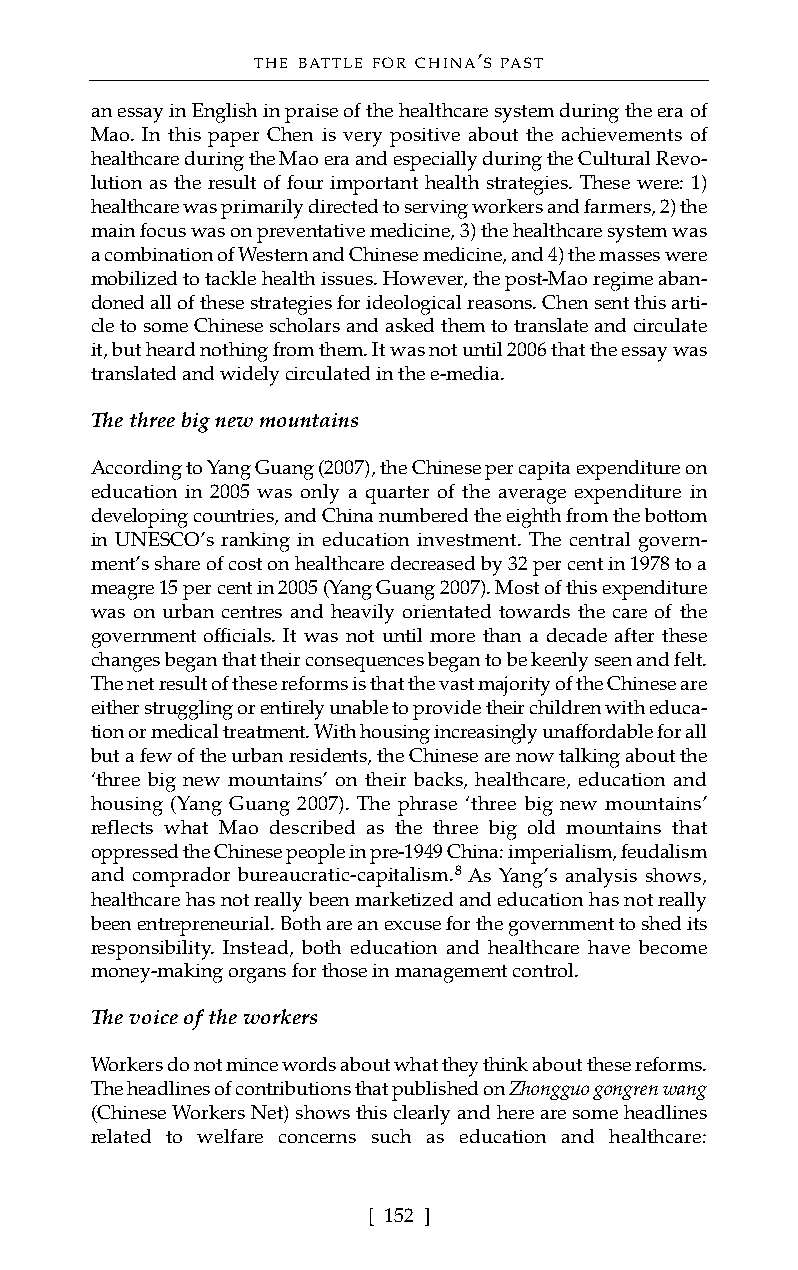
THE BATTLE FOR CHINA’S PAST
 an essay in English in praise of the healthcare system during the era of
 Mao. In this paper Chen is very positive about the achievements of
 healthcare during the Mao era and especially during the Cultural Revo-
 lution as the result of four important health strategies. These were: 1)
 healthcare was primarily directed to serving workers and farmers, 2) the
 main focus was on preventative medicine, 3) the healthcare system was
 a combination of Western and Chinese medicine, and 4) the masses were
 mobilized to tackle health issues. However, the post-Mao regime aban-
 doned all of these strategies for ideological reasons. Chen sent this arti-
 cle to some Chinese scholars and asked them to translate and circulate
 it, but heard nothing from them. It was not until 2006 that the essay was
 translated and widely circulated in the e-media.
 The three big new mountains
 According to Yang Guang (2007), the Chinese per capita expenditure on
 education in 2005 was only a quarter of the average expenditure in
 developing countries, and China numbered the eighth from the bottom
 in UNESCO’s ranking in education investment. The central govern-
 ment’s share of cost on healthcare decreased by 32 per cent in 1978 to a
 meagre 15 per cent in 2005 (Yang Guang 2007). Most of this expenditure
 was on urban centres and heavily orientated towards the care of the
 government officials. It was not until more than a decade after these
 changes began that their consequences began to be keenly seen and felt.
 The net result of these reforms is that the vast majority of the Chinese are
 either struggling or entirely unable to provide their children with educa-
 tion or medical treatment. With housing increasingly unaffordable for all
 but a few of the urban residents, the Chinese are now talking about the
 ‘three big new mountains’ on their backs, healthcare, education and
 housing (Yang Guang 2007). The phrase ‘three big new mountains’
 reflects what Mao described as the three big old mountains that
 oppressed the Chinese people in pre-1949 China: imperialism, feudalism
 and comprador bureaucratic-capitalism.8 As Yang’s analysis shows,
 healthcare has not really been marketized and education has not really
 been entrepreneurial. Both are an excuse for the government to shed its
 responsibility. Instead, both education and healthcare have become
 money-making organs for those in management control.
 The voice of the workers
 Workers do not mince words about what they think about these reforms.
 The headlines of contributions that published on Zhongguo gongren wang
 (Chinese Workers Net) shows this clearly and here are some headlines
 related to welfare concerns such as education and healthcare:
 [ 152 ]